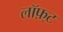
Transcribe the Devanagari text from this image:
लॉफ़्ट